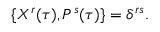
\{ { \cal X } ^ { r } ( \tau ) , { \cal P } ^ { s } ( \tau ) \} = \delta ^ { r s } .